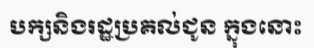
បក្សនិងរដ្ឋប្រគល់ជូន ក្នុងនោះ